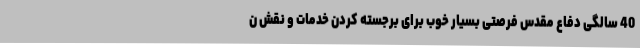
40 سالگی دفاع مقدس فرصتی بسیار خوب برای برجسته کردن خدمات و نقش ن